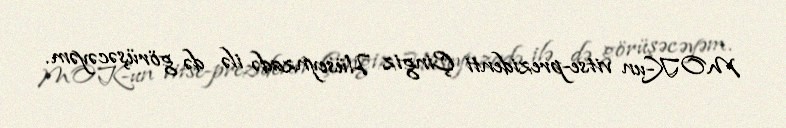
MOK-un vitse-prezidenti Çingiz Hüseynzadə ilə də görüşəcəyəm.